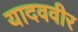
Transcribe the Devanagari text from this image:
यादववीर